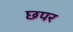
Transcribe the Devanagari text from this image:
छपर